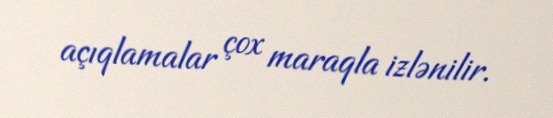
açıqlamalar çox maraqla izlənilir.